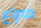
صراع